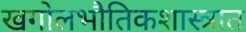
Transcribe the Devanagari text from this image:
खगोलभौतिकशास्त्रात